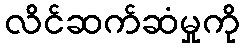
လိင်ဆက်ဆံမှုကို